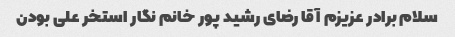
سلام برادر عزیزم آقا رضای رشید پور خانم نگار استخر علی بودن